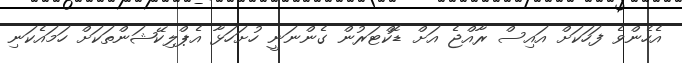
އެހެންވެ ފަހަކަށް އައިސް ރާއްޖެ އަށް ޑޮކްޓަރުން ގެންނަނީ ހުށަހަޅާ އެޕްލިކޭޝަންތަކަށް ހަމައެކަނި